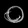
Digit: ၀